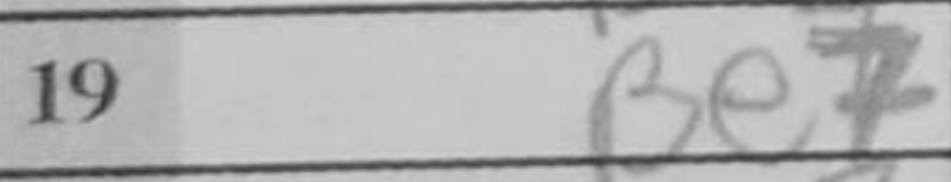
Transcription: Be7